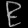
Digit: ၉